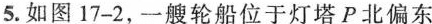
5.如图17-2，一艘轮船位于灯塔P北偏东